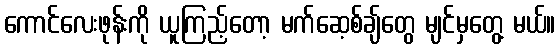
ကောင်လေးဖုန်းကို ယူကြည့်တော့ မက်ဆေ့စ်ချ်တွေ မျင်မှတွေ့ မယ်။